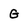
Character: G